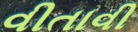
વીતાવી